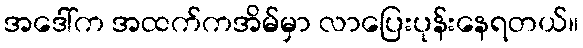
အဒေါ်က အထက်ကအိမ်မှာ လာပြေးပုန်းနေရတယ်။